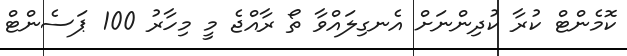
ކޮމެންޓް ކުރާ ކުދިންނަށް އެނގިލައްވާ ތޯ ރާއްޖެ މީ މިހާރު 100 ޕަސެންޓް